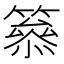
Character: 𥳋